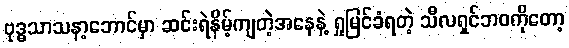
ဗုဒ္ဓသာသနာ့ဘောင်မှာ ဆင်းရဲနိမ့်ကျတဲ့အနေနဲ့ ရှုမြင်ခံရတဲ့ သီလရှင်ဘဝကိုတော့